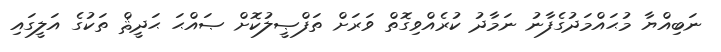
ނަބިއްޔާ މުޙައްމަދުގެފާނު ނަމާދު ކުރެއްވިގޮތް ވަރަށް ތަފްޞީލުކޮށް ޞައްޙަ ޙަދީޘް ތަކުގެ އަލީގައި